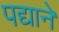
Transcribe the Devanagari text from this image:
पद्याने